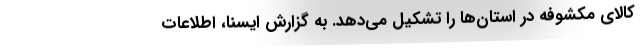
کالای مکشوفه در استان‌ها را تشکیل می‌دهد. به گزارش ایسنا، اطلاعات